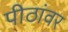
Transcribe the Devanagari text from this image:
पीठांवर